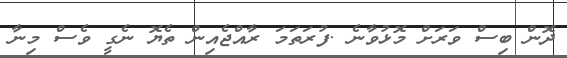
ދޮން ބިސް ވަރަށް މޮޅުވާނެ .ފުރަތަމަ ރާއްޖެއިން ތެޔޮ ނެގީ ވެސް މިނާ